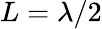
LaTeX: L=\lambda/2